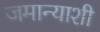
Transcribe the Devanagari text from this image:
जमान्याशी